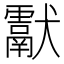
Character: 𤣉